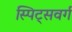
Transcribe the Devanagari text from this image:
स्पिट्सवर्ग